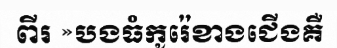
ពីរ »បងធំកូរ៉េខាងជើងគឺ